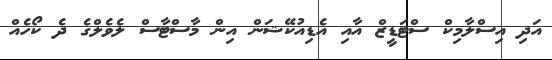
އަދި އިސްލާމިކް ސްޓަޑީޒް އާއި އެޑިއުކޭޝަން އިން މާސްޓާސް ލެވެލްގެ ދެ ކޯހެއް